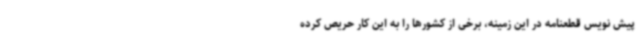
پیش نویس قطعنامه در این زمینه، برخی از کشورها را به این کار حریص کرده